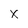
Character: x